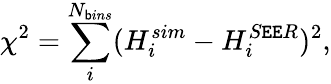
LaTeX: \chi^{2}=\sum_{i}^{N_{\mathsf{b}ins}}(H_{i}^{sim}-H_{i}^{S\mathtt{E}\mathtt{E}R})^{2},